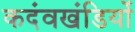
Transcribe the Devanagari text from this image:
कदंवखंडियों